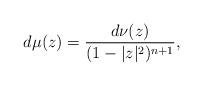
LaTeX: \begin{align*} d\mu(z)=\frac {d\nu(z)}{(1-|z|^2)^{n+1}},\end{align*}